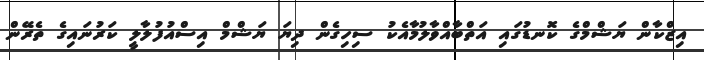
އިޒްކާން ޔަޝްމްގެ ކޮނޑުގައި އަތްބާއްވާލުމާއެކު ސިހިގެން ދިޔަ ޔަޝްމް އިސްއުފުލާލީ ކަރުނައިގެ ތެރޭން